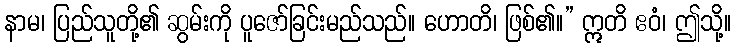
နာမ၊ ပြည်သူတို့၏ ဆွမ်းကို ပူဇော်ခြင်းမည်သည်။ ဟောတိ၊ ဖြစ်၏။” ဣတိ ဧဝံ၊ ဤသို့။